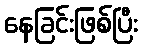
နေခြင်းဖြစ်ပြီး